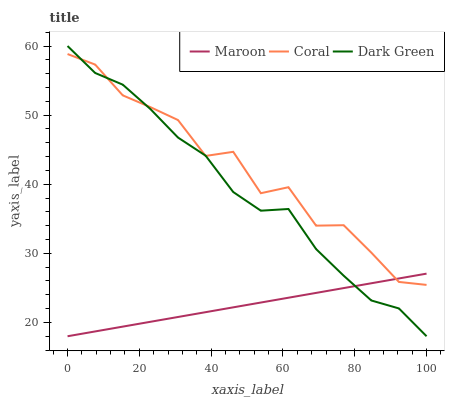
| xaxis_label | Maroon | Coral | Dark Green |
 | --- | --- | --- | --- |
 | 0 | 18 | 58.8 | 60 |
 | 7.69 | 18.7 | 57.3 | 56.1 |
 | 15.4 | 19.4 | 52.9 | 54.4 |
 | 23.1 | 20.1 | 51.2 | 50.9 |
 | 30.8 | 20.8 | 49.3 | 46.8 |
 | 38.5 | 21.5 | 44.1 | 44.1 |
 | 46.2 | 22.2 | 44.7 | 38.9 |
 | 53.8 | 22.9 | 38.7 | 36.2 |
 | 61.5 | 23.6 | 39.6 | 36.4 |
 | 69.2 | 24.3 | 34 | 30.6 |
 | 76.9 | 25 | 34.1 | 26.8 |
 | 84.6 | 25.7 | 30.1 | 23.2 |
 | 92.3 | 26.4 | 25.9 | 22 |
 | 100 | 27.1 | 25.4 | 18 |